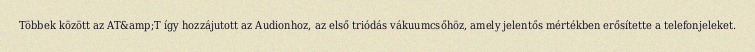
Többek között az AT&amp;T így hozzájutott az Audionhoz, az első triódás vákuumcsőhöz, amely jelentős mértékben erősítette a telefonjeleket.